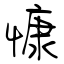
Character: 慷